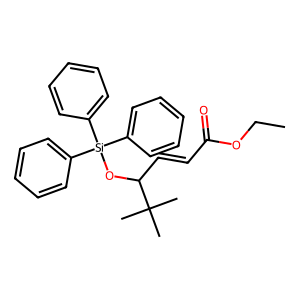
SMILES: CCOC(=O)C=CC(O[Si](c1ccccc1)(c1ccccc1)c1ccccc1)C(C)(C)C
Inhibits HIV replication: No